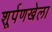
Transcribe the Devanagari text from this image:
शूर्पणखेला